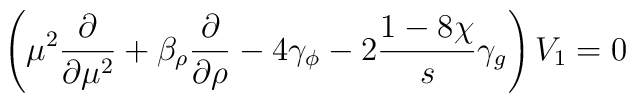
\left(\mu^2 \frac{\partial}{\partial \mu^2}+ \beta_\rho  \frac{\partial}{\partial \rho}- 4 \gamma_\phi- 2 \frac{1-8\chi}{s} \gamma_g \right) V_1 = 0